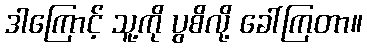
ဒါကြောင့် သူ့ကို ပွစိလို့ ခေါ်ကြတာ။